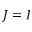
J = I